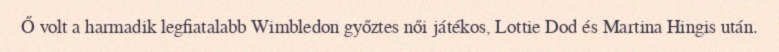
Ő volt a harmadik legfiatalabb Wimbledon győztes női játékos, Lottie Dod és Martina Hingis után.